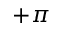
+ \pi